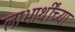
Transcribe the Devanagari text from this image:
लाभार्थींच्या